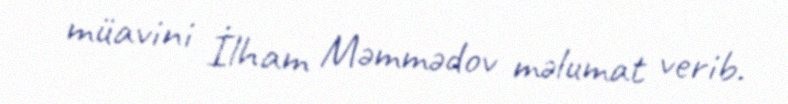
müavini İlham Məmmədov məlumat verib.